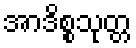
အာဒိစ္စသုတ္တ